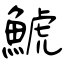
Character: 鯱